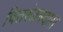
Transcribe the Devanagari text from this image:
चितरंजनदास